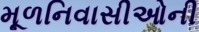
મૂળનિવાસીઓની